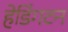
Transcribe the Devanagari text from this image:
हेडिंगटन